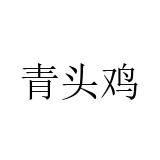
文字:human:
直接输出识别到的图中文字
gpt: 青头鸡